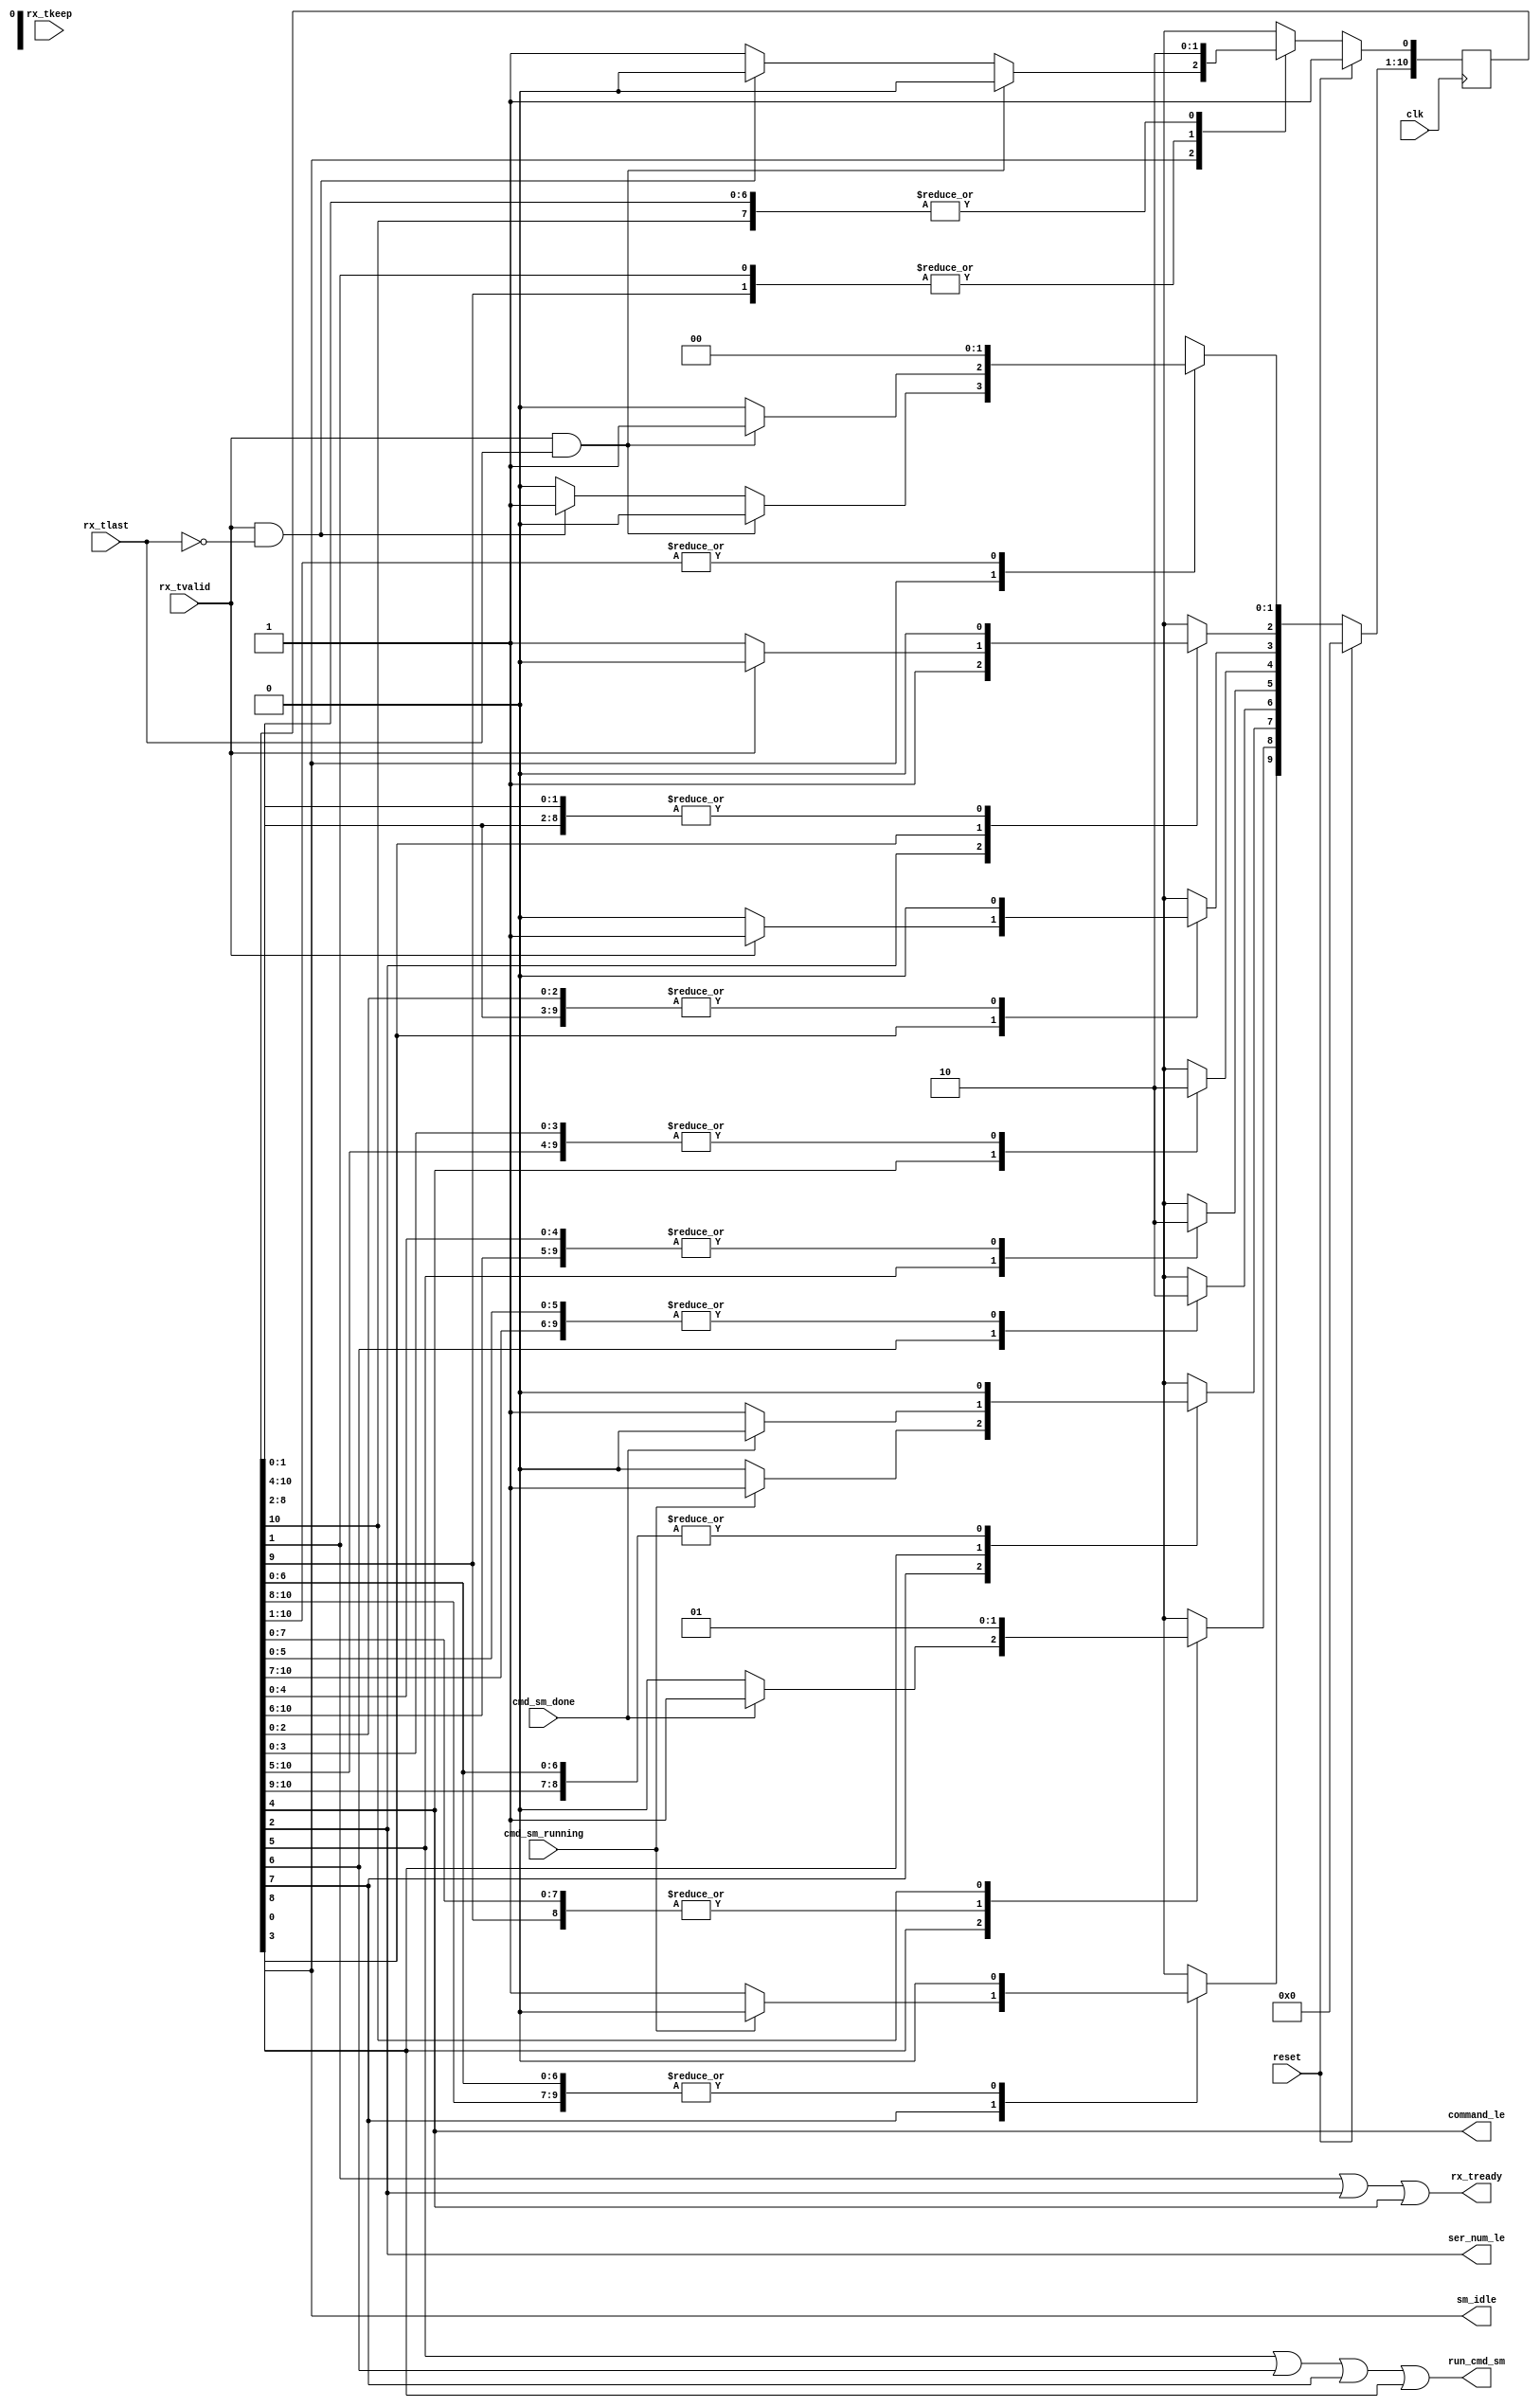
// Structure of a 'command packet':
// 1) Command Serial Number (CSN)
// 2) Command Code (CC)
// 3) Command Data Count (CDC)
// 4) Command Data #1 (if needed) (CD1)
// 5..end) Additional Command Data (CD2...)
 
// Structure of a 'response packet':
// 1) Response Serial Number (RSN)
// 2) Response Code (RC)
// 3) Response Data Count (RDC)
// 4) Response Data #1 (if needed) (RD1)
// 5..end) Additional Response Parameters (RD2...)

module command_sm (
    input  clk,            // local clock
    input  reset,          // active-high
    input  rx_tvalid,      // valid data is available
    input  [0:3] rx_tkeep, // which bytes are valid, should always be all of them
    input  rx_tlast,       // final word in the frame
    output rx_tready,      // signal that we are accepting the data from the FIFO
    output ser_num_le,     // latch the serial number
    output command_le,     // latch the command
    output run_cmd_sm,     // run a state machine
    input  cmd_sm_running, // someone running
    input  cmd_sm_done,    // someone finished
    output sm_idle         // signal that this state machine is idle (used for front panel LED status)
);

    // Everything is already synchronous to the clock.

    // State machine for determining what command to execute.
    // Leave the comments containing "synopsys" in your HDL code.

    // Declare the symbolic names for states for the state machine.
    // Simplified one-hot encoding (each constant is an index into an array of bits)
    parameter [3:0]
        IDLE          = 4'd0,
        RESYNC        = 4'd1,
        LATCH_CSN     = 4'd2,
        WAIT_CC       = 4'd3,
        LATCH_CC      = 4'd4,
        START_CC      = 4'd5,
        PAUSE         = 4'd6,
        TEST_RUNNING  = 4'd7,
        WAIT_FOR_DONE = 4'd8,
        DONE          = 4'd9,
        ILLEGAL_CC    = 4'd10;

    // Declare current state and next state variables
    reg [10:0] /* synopsys enum STATE_TYPE */ CS;
    reg [10:0] /* synopsys enum STATE_TYPE */ NS;
    //synopsys state_vector CS


    // sequential always block for state transitions (use non-blocking [<=] assignments)
    // Reset the sm whenever we get to the end of a frame
    always @ (posedge clk) begin
        if (reset) begin
            CS <= 11'b0;        // set all state bits to 0
            CS[IDLE] <= 1'b1;   // set IDLE state bit to 1
        end
        else CS <= NS;          // set state bits to next state
    end

    // combinational always block to determine next state (use blocking [=] assignments)
    always @ (CS or rx_tvalid or rx_tlast or cmd_sm_running or cmd_sm_done) begin
        NS = 11'b0; // default all bits to zero; will overrride one bit

        case (1'b1) //synopsys full_case parallel_case

            // We will be in the IDLE state whenever we have finished with a command,
            // or when we have been reset by way of seeing the last word of a frame ('rx_tlast' asserted).
            CS[IDLE]: begin
                if (rx_tvalid && rx_tlast)
                    // A final word is on the FIFO; we need to read it and throw it away in order to resync
                    NS[RESYNC] = 1'b1;
                else if (rx_tvalid && !rx_tlast)
                    // Data is available, presumably the start of a new command
                    NS[LATCH_CSN] = 1'b1;
                else
                    // Stay here
                    NS[IDLE] = 1'b1;
            end

            // We enter the RESYNC state whenever we have started and the final word of a frame is present.
            // We stay here for one cycle, during which the word is discarded.
            CS[RESYNC]: begin
                // Read one word from the FIFO and go back to IDLE
                NS[IDLE] = 1'b1;
            end

            // We enter the LATCH_CSN state whenever we have started a new frame.
            // We stay here for one cycle, during which the serial number is latched.
            CS[LATCH_CSN]: begin
                // Read one word from the FIFO and go wait for the command
                NS[WAIT_CC] = 1'b1;
            end

            // We enter the WAIT_CC state after we have latched the CSN.
            // We stay here until data is valid.
            CS[WAIT_CC]: begin
                if (rx_tvalid)
                    // Data is available, presumably the command word
                    NS[LATCH_CC] = 1'b1;
                else
                    // Stay here
                    NS[WAIT_CC] = 1'b1;
            end

            // We enter the LATCH_CC state whenever we have collected a new command.
            // We stay here for one cycle, during which the command word is latched.
            CS[LATCH_CC]: begin
                // Read one word from the fifo and go try to execute the command
                NS[START_CC] = 1'b1;
            end

            // We enter the START_CC state whenever we have decoded this command.
            // We stay here for one cycle, during which the state machine is started.
            CS[START_CC]: begin
                // Go wait for the command to complete
                NS[PAUSE] = 1'b1;
            end

            // We enter the PAUSE state whenever we have tried to start other state machines.
            // We stay here for one cycle while the other state machines get started.
            CS[PAUSE]: begin
                // Go wait for the command to complete
                NS[TEST_RUNNING] = 1'b1;
            end

            // We enter the TEST_RUNNING state after we have started one of the command
            // processing state machines. We stay here for one cycle, during which we
            // look for a sign that someone is processing the command. If not, we handle it
            // as an illegal command. 
            CS[TEST_RUNNING]: begin
                if (cmd_sm_running)
                    // We see that someone is processing this command. Go wait for done.
                    NS[WAIT_FOR_DONE] = 1'b1;
                else
                    // No one started processing this command. Assume the command is illegal.
                    NS[ILLEGAL_CC] = 1'b1;
            end

            // We enter the WAIT_FOR_DONE state after we see that one of the command
            // processing state machines has started. We stay here for until we see that it is done.
            // There should be a timer here.
            CS[WAIT_FOR_DONE]: begin
                if (cmd_sm_done)
                    // We see that someone is signalling completion
                    NS[DONE] = 1'b1;
                else
                    // Wait for anuone to be done
                    NS[WAIT_FOR_DONE] = 1'b1;
            end

            // We enter the DONE state whenever we have decoded this command.
            // We stay here for one cycle.
            CS[DONE]: begin
                // Go wait for another command
                NS[IDLE] = 1'b1;
            end

            // We enter the ILLEGAL_CC state whenever no one has started processing this command.
            // For now, we stay here for one cycle.
            CS[ILLEGAL_CC]: begin
                // Go wait for another command
                NS[DONE] = 1'b1;
            end

        endcase
    end // combinational always block to determine next state

    // outputs are based on states
    assign rx_tready  = (CS[RESYNC] == 1'b1) || (CS[LATCH_CSN] == 1'b1) || (CS[LATCH_CC] == 1'b1);
    assign ser_num_le = (CS[LATCH_CSN] == 1'b1);
    assign command_le = (CS[LATCH_CC] == 1'b1);
    // run another state machine to process an individual command
    assign run_cmd_sm = (CS[START_CC] == 1'b1 || CS[PAUSE] == 1'b1 || CS[TEST_RUNNING] == 1'b1 || CS[WAIT_FOR_DONE] == 1'b1);
    assign sm_idle    = (CS[IDLE] == 1'b1);

endmodule